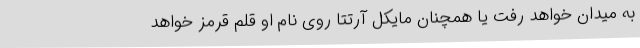
به میدان خواهد رفت یا همچنان مایکل آرتتا روی نام او قلم قرمز خواهد